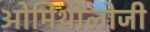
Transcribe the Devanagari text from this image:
ओमिथोलोजी